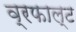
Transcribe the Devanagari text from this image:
व्रफाल्ट